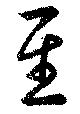
至